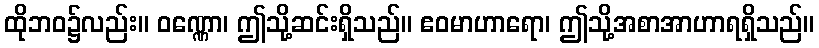
ထိုဘဝ၌လည်း။ ဝဏ္ဏော၊ ဤသို့ဆင်းရှိသည်။ ဧဝမာဟာရော၊ ဤသို့အစာအာဟာရရှိသည်။